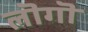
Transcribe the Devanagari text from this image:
लॊगॊ